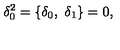
\delta _ { 0 } ^ { 2 } = \lbrace \delta _ { 0 } , \ \delta _ { 1 } \rbrace = 0 ,